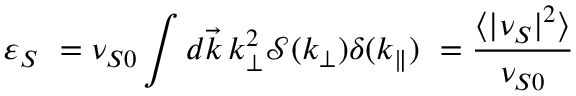
\varepsilon _ { S } \ = \nu _ { S 0 } \int d \vec { k } \, k _ { \perp } ^ { 2 } \mathcal { S } ( k _ { \perp } ) \delta ( k _ { \| } ) \ = \frac { \langle | \nu _ { S } | ^ { 2 } \rangle } { \nu _ { S 0 } }